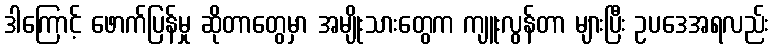
ဒါကြောင့် ဖောက်ပြန်မှု ဆိုတာတွေမှာ အမျိုးသားတွေက ကျူးလွန်တာ များပြီး ဥပဒေအရလည်း